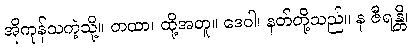
အိုကုန်သကဲ့သို့။ တထာ၊ ထို့အတူ။ ဒေဝါ၊ နတ်တို့သည်။ န ဇီရန္တိ၊